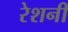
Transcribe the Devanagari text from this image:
रेशनी